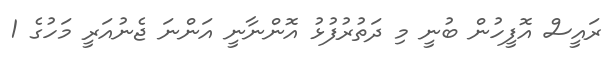
ރައީސް އޮފީހުން ބުނީ މި ދަތުރުފުޅު އޮންނާނީ އަންނަ ޖެނުއަރީ މަހުގެ 1